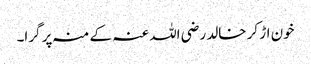
خون اڑ کر خالد رضی اللہ عنہ کے منہ پر گرا۔